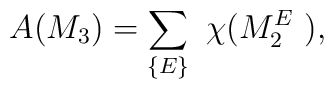
A(M_3) = \sum_{\{ E\}}~\chi(M^{E}_{2}~) ,